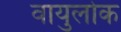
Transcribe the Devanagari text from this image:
वायुलोक